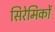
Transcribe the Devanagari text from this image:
सिरेमिकों